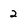
Character: 2